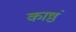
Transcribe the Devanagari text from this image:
काष्ठं